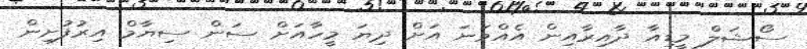
ސޯޝަލް މީޑިއާ ދާއިރާއިން އެއްވަނަ އަށް ދިޔަ މީހާއަށް ސަން ސިޔާމް އިރުފުށިން